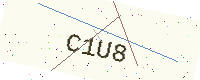
Text: C1U8